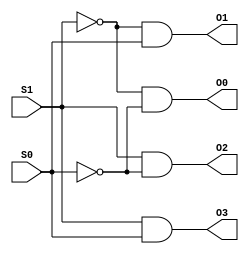
module decoder2_2_4_struct (S1, S0, O0, O1, O2, O3);
  input S1, S0;
  output O0, O1, O2, O3;

  not n0 (S0n, S0);
  not n1 (S1n, S1);
  and a0 (O0, S1n, S0n);
  and a1 (O1, S1n, S0);
  and a2 (O2,  S1, S0n);
  and a3 (O3,  S1, S0);
endmodule



module decoder2_2_4_equat (S1, S0, O0, O1, O2, O3);
  input S1, S0;
  output O0, O1, O2, O3;

  assign O0 = ~S1 & ~S0;
  assign O1 = ~S1 & S0;
  assign O2 = S1 & ~S0;
  assign O3 = S1 & S0;
endmodule



module decoder2_2_4_ternary (S1, S0, O0, O1, O2, O3);
  input S1, S0;
  output O0, O1, O2, O3;

  assign {O3, O2, O1, O0} = S1 ? S0 ? 8 : 4 : S0 ? 2 : 1; 
endmodule



module decoder2_2_4_beh (S1, S0, O0, O1, O2, O3);
  input S1, S0;
  output O0, O1, O2, O3;
  reg O0, O1, O2, O3;

  always@(S1 or S0)
  case ({S1, S0})
    0 : {O3, O2, O1, O0} = 1;
    1 : {O3, O2, O1, O0} = 2;
    2 : {O3, O2, O1, O0} = 4;
    3 : {O3, O2, O1, O0} = 8;
  endcase 
endmodule



module decoder_test();
  reg S1, S0;
  wire O0_1, O1_1, O2_1, O3_1;
  wire O0_2, O1_2, O2_2, O3_2;
  wire O0_3, O1_3, O2_3, O3_3;
  wire O0_4, O1_4, O2_4, O3_4;

decoder2_2_4_struct  m0 (S1, S0, O0_1, O1_1, O2_1, O3_1);
decoder2_2_4_equat   m1 (S1, S0, O0_2, O1_2, O2_2, O3_2);
decoder2_2_4_ternary m2 (S1, S0, O0_3, O1_3, O2_3, O3_3);
decoder2_2_4_beh     m3 (S1, S0, O0_4, O1_4, O2_4, O3_4);

initial begin S1=0; S0=0; end
initial 
  begin
    #100 S0 = 1;
    #100 S1 = 1;
    #100 S0 = 0;
  end
endmodule